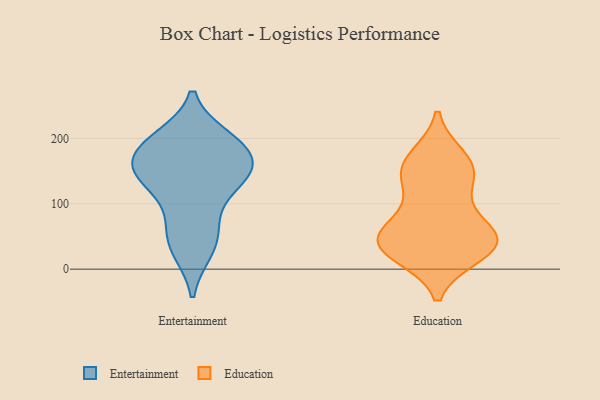
{"axis": {"x": "Gross Profit (USD K)", "y": "Value"}, "legend": ["Education", "Entertainment"], "data": [{"x": "", "y": 29, "type": "Entertainment"}, {"x": "", "y": 174, "type": "Entertainment"}, {"x": "", "y": 32, "type": "Entertainment"}, {"x": "", "y": 146, "type": "Entertainment"}, {"x": "", "y": 124, "type": "Entertainment"}, {"x": "", "y": 200, "type": "Entertainment"}, {"x": "", "y": 154, "type": "Entertainment"}, {"x": "", "y": 75, "type": "Entertainment"}, {"x": "", "y": 137, "type": "Entertainment"}, {"x": "", "y": 188, "type": "Entertainment"}, {"x": "", "y": 153, "type": "Entertainment"}, {"x": "", "y": 145, "type": "Entertainment"}, {"x": "", "y": 199, "type": "Entertainment"}, {"x": "", "y": 189, "type": "Entertainment"}, {"x": "", "y": 62, "type": "Entertainment"}, {"x": "", "y": 153, "type": "Education"}, {"x": "", "y": 43, "type": "Education"}, {"x": "", "y": 51, "type": "Education"}, {"x": "", "y": 39, "type": "Education"}, {"x": "", "y": 48, "type": "Education"}, {"x": "", "y": 154, "type": "Education"}, {"x": "", "y": 169, "type": "Education"}, {"x": "", "y": 100, "type": "Education"}, {"x": "", "y": 31, "type": "Education"}, {"x": "", "y": 142, "type": "Education"}, {"x": "", "y": 50, "type": "Education"}, {"x": "", "y": 24, "type": "Education"}]}